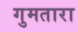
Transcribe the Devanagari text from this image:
गुमतारा